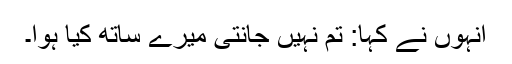
انہوں نے کہا: تم نہیں جانتی میرے ساتھ کیا ہوا۔